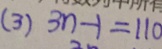
( 3 ) 3 n - 1 = 1 1 0